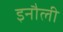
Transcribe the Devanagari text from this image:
इनौली